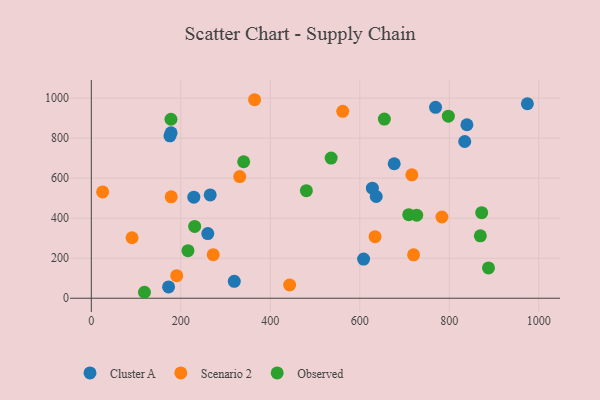
{"axis": {"x": "Distance", "y": "Profit"}, "legend": ["Cluster A", "Observed", "Scenario 2"], "data": [{"x": "628.1", "y": 550.2, "type": "Cluster A"}, {"x": "839.4", "y": 866.9, "type": "Cluster A"}, {"x": "319.5", "y": 84.4, "type": "Cluster A"}, {"x": "172.7", "y": 56.3, "type": "Cluster A"}, {"x": "769.3", "y": 954.1, "type": "Cluster A"}, {"x": "265.7", "y": 516.2, "type": "Cluster A"}, {"x": "834.5", "y": 783.2, "type": "Cluster A"}, {"x": "178.3", "y": 826.6, "type": "Cluster A"}, {"x": "974.5", "y": 971.9, "type": "Cluster A"}, {"x": "260.3", "y": 323.1, "type": "Cluster A"}, {"x": "608.5", "y": 195.6, "type": "Cluster A"}, {"x": "636.7", "y": 508.5, "type": "Cluster A"}, {"x": "175.7", "y": 811.5, "type": "Cluster A"}, {"x": "229.1", "y": 505.1, "type": "Cluster A"}, {"x": "676.9", "y": 672.1, "type": "Cluster A"}, {"x": "91.1", "y": 302.3, "type": "Scenario 2"}, {"x": "25.3", "y": 531.3, "type": "Scenario 2"}, {"x": "272.4", "y": 217.4, "type": "Scenario 2"}, {"x": "720.2", "y": 216.7, "type": "Scenario 2"}, {"x": "331.7", "y": 608.2, "type": "Scenario 2"}, {"x": "364.9", "y": 992.1, "type": "Scenario 2"}, {"x": "783.5", "y": 405.9, "type": "Scenario 2"}, {"x": "716.3", "y": 616.7, "type": "Scenario 2"}, {"x": "178.6", "y": 507.0, "type": "Scenario 2"}, {"x": "634.1", "y": 307.5, "type": "Scenario 2"}, {"x": "561.9", "y": 934.3, "type": "Scenario 2"}, {"x": "190.9", "y": 112.7, "type": "Scenario 2"}, {"x": "443.2", "y": 66.1, "type": "Scenario 2"}, {"x": "709.4", "y": 417.8, "type": "Observed"}, {"x": "797.9", "y": 909.8, "type": "Observed"}, {"x": "727.2", "y": 415.1, "type": "Observed"}, {"x": "178.0", "y": 894.4, "type": "Observed"}, {"x": "869.4", "y": 312.0, "type": "Observed"}, {"x": "340.5", "y": 682.1, "type": "Observed"}, {"x": "654.9", "y": 895.6, "type": "Observed"}, {"x": "536.0", "y": 700.7, "type": "Observed"}, {"x": "887.6", "y": 151.3, "type": "Observed"}, {"x": "231.0", "y": 358.9, "type": "Observed"}, {"x": "118.8", "y": 29.7, "type": "Observed"}, {"x": "216.0", "y": 237.6, "type": "Observed"}, {"x": "872.4", "y": 427.6, "type": "Observed"}, {"x": "480.6", "y": 537.7, "type": "Observed"}]}